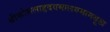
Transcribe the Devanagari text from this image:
श्रीकोसलाहृदयमालयमामयूख